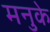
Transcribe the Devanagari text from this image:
मनुके